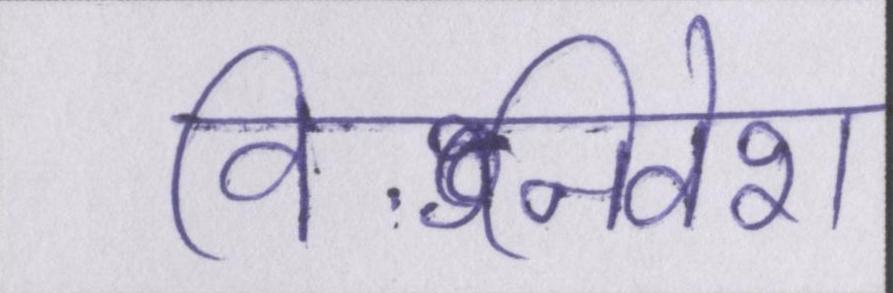
विनिवेश